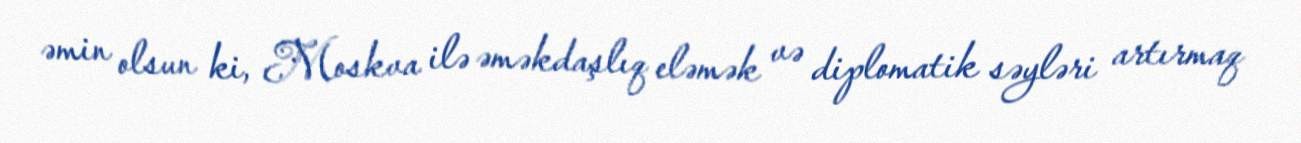
əmin olsun ki, Moskva ilə əməkdaşlıq eləmək və diplomatik səyləri artırmaq